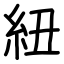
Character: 紐